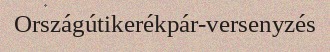
Országútikerékpár-versenyzés